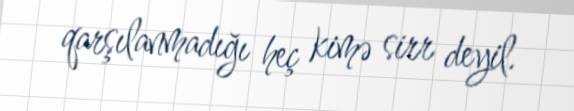
qarşılanmadığı heç kimə sirr deyil.